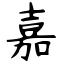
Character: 嘉